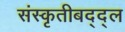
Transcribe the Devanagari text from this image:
संस्कृतीबद्द्ल